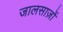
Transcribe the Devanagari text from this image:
जालसाज़ों